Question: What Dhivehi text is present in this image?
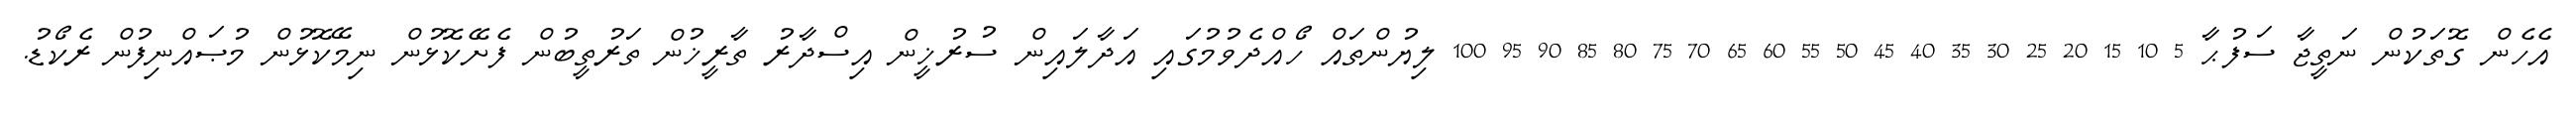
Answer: އެހެން ގޮތަކުން ނަތީޖާ ސަފުޙާ 5 10 15 20 25 30 35 40 45 50 55 60 65 70 75 80 85 90 95 100 ލިޔުންތައް ހޯއްދެވުމުގައި އަދާލައިން ސުރުޚީން އިސްދާރު ތާރީޚުން ތަރުތީބުން ފެށޭކޮޅުން ނިމޭކޮޅުން މުޞައްނިފުން ރެކޯޑު.